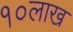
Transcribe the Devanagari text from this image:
१०लाख